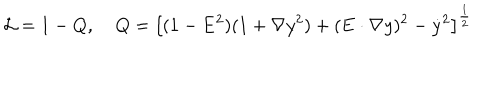
{ \cal L } = 1 - Q , \; \; \: \; Q = \left[ ( 1 - { \bf E } ^ { 2 } ) ( 1 + { \bf \nabla } y ^ { 2 } ) + ( { \bf E } \cdot { \bf \nabla } y ) ^ { 2 } - { \dot { y } } ^ { 2 } \right] ^ { \frac { 1 } { 2 } }